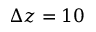
\Delta z = 1 0